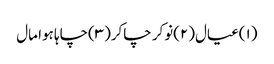
(۱)عیال(۲)نوکر چاکر(۳)چاہا ہوا مال